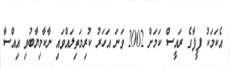
އެކަމަކު ފީފާގެ ރައީސް ކަމަށް 2002 ވަނަ އަހަރު ކުރިމަތިލައްވައި ނާކާމިޔާބުވި އިއްސާ